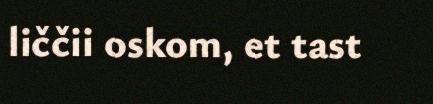
liččii oskom, et tast